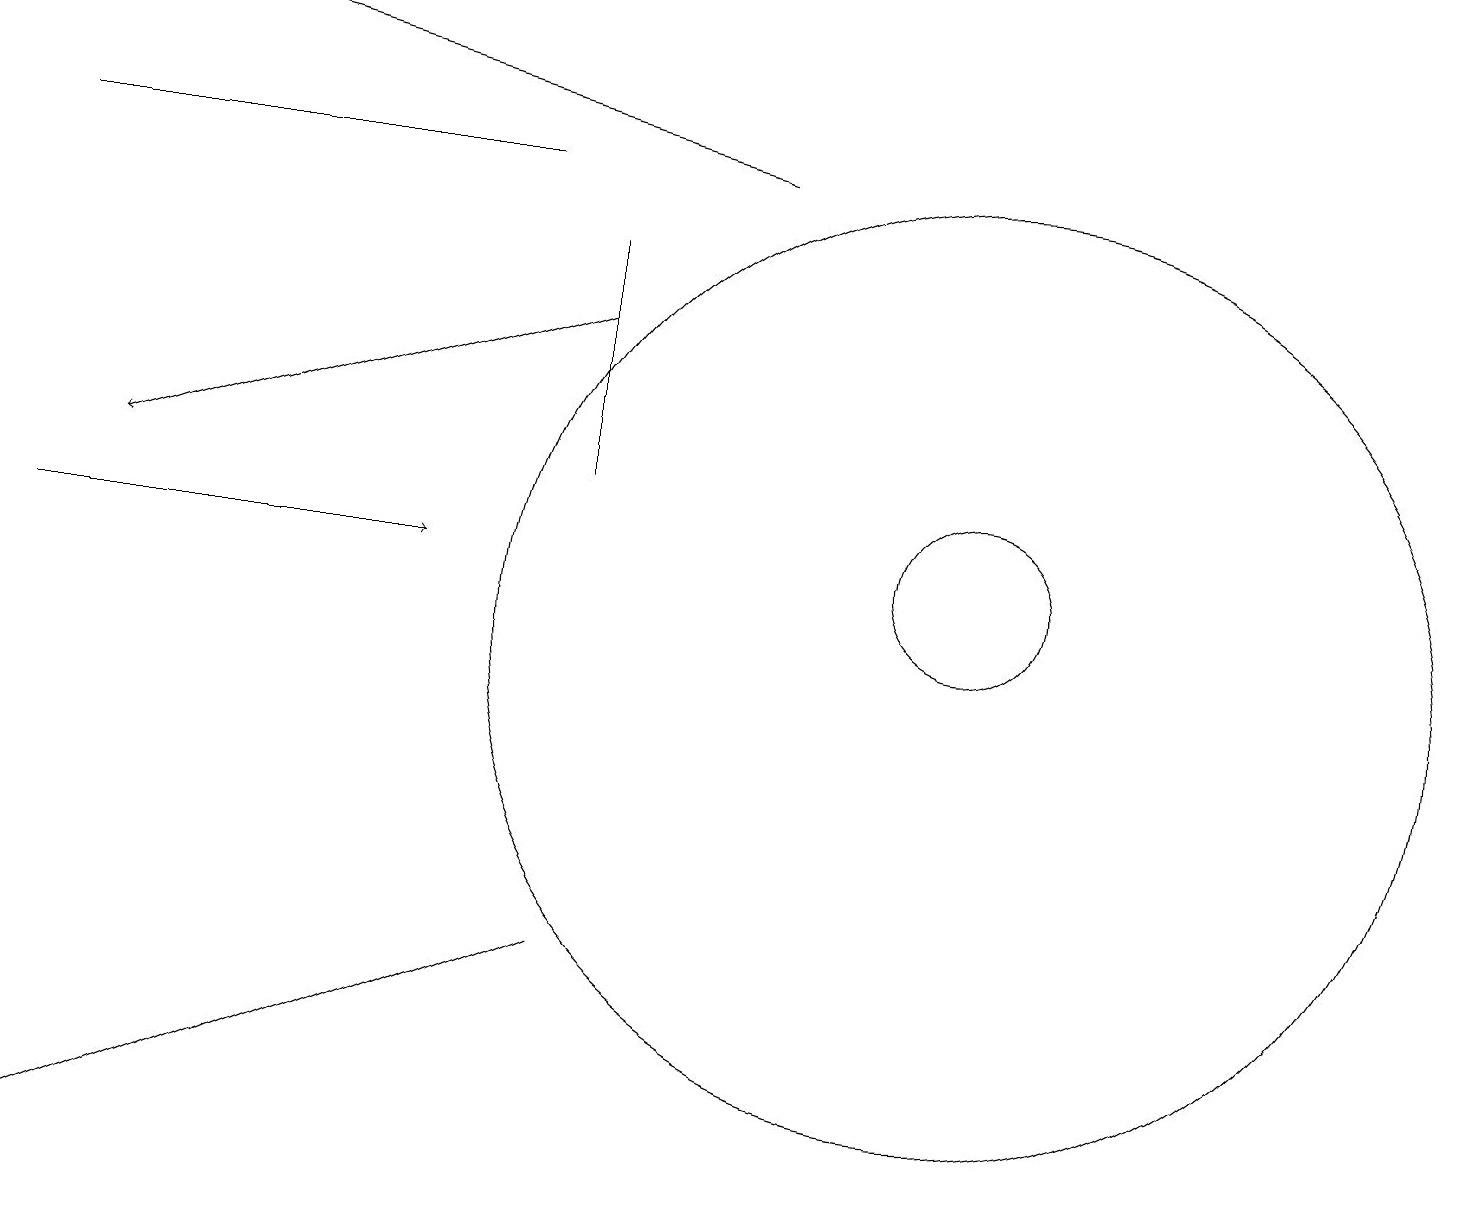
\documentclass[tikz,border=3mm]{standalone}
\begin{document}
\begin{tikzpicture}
\draw (12,12) circle (1);
\draw[->] (0,12) -- (5,12);
\draw (12,11) circle (6);
\draw (0,4) -- (7,7) -- (0,4) -- cycle;
\draw[->] (7,15) -- (1,13);
\draw (7,13) rectangle (7,16);
\draw (0,17) rectangle (6,17);
\draw[->] (9,17) -- (1,19);
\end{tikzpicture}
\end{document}